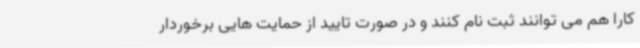
کارا هم می توانند ثبت نام کنند و در صورت تایید از حمایت هایی برخوردار